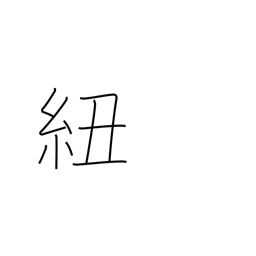
Meaning: tape